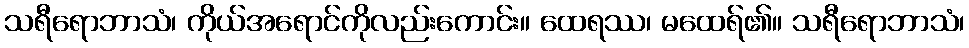
သရီရောဘာသံ၊ ကိုယ်အရောင်ကိုလည်းကောင်း။ ထေရဿ၊ မထေရ်၏။ သရီရောဘာသံ၊